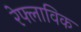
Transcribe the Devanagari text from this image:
रेफ्लाविक